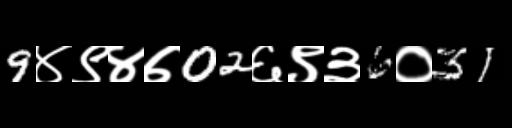
Text: 9४९४७02६९३6०31